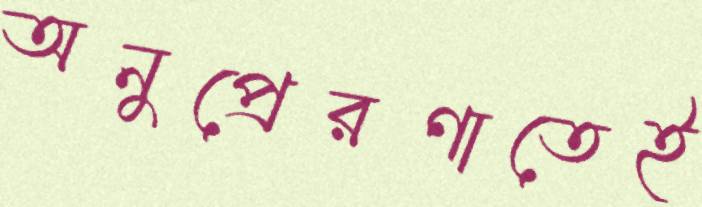
অনুপ্রেরণাতেই